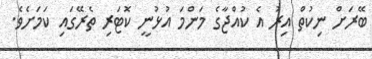
ބޭރަށް ނިކުތް އިރު އެ ކުއްޖާގެ މަންމަ އުޅުނީ ކޮޓަރި ތެރޭގައި ކަމަށެވެ.